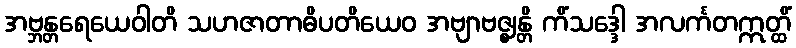
အဗ္ဘန္တရေယေဝါတိ သဟဇာတာဓိပတိယေဝ အဗျာဗဇ္ဈန္တိ ကိံသဒ္ဒေါ အလင်္ကတဣတ္ထိံ